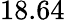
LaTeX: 18.64